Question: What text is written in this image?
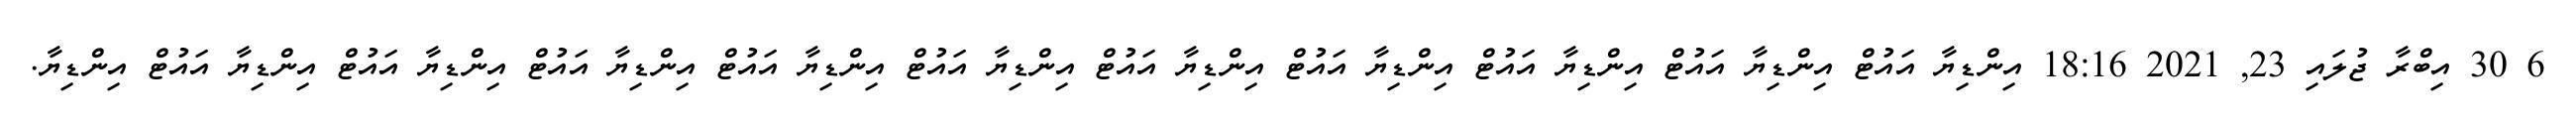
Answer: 6 30 އިބްރާ ޖުލައި 23, 2021 18:16 އިންޑިޔާ އައުޓް އިންޑިޔާ އައުޓް އިންޑިޔާ އައުޓް އިންޑިޔާ އައުޓް އިންޑިޔާ އައުޓް އިންޑިޔާ އައުޓް އިންޑިޔާ އައުޓް އިންޑިޔާ އައުޓް އިންޑިޔާ އައުޓް އިންޑިޔާ އައުޓް އިންޑިޔާ.